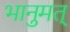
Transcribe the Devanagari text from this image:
भानुमत्